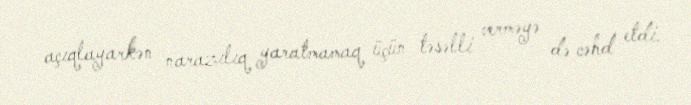
açıqlayarkən narazılıq yaratmamaq üçün təsəlli verməyə də cəhd etdi.